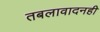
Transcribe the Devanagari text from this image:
तबलावादनही